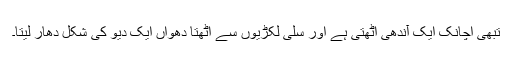
تبھی اچانک ایک آندھی اٹھتی ہے اور سلی لکڑیوں سے اٹھتا دھواں ایک دیو کی شکل دھار لیتا۔